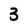
Character: 3